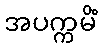
အပက္ကမိံ